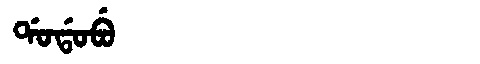
Manchu: ᡩᠣᡩᠣᠪᡠ
Romanization: DODOBU